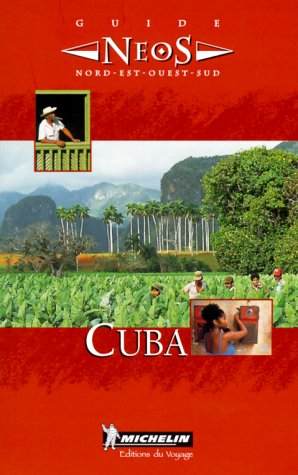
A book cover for Michelin NEOS Guide Cuba, 1e; Michelin Travel Publications; Travel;